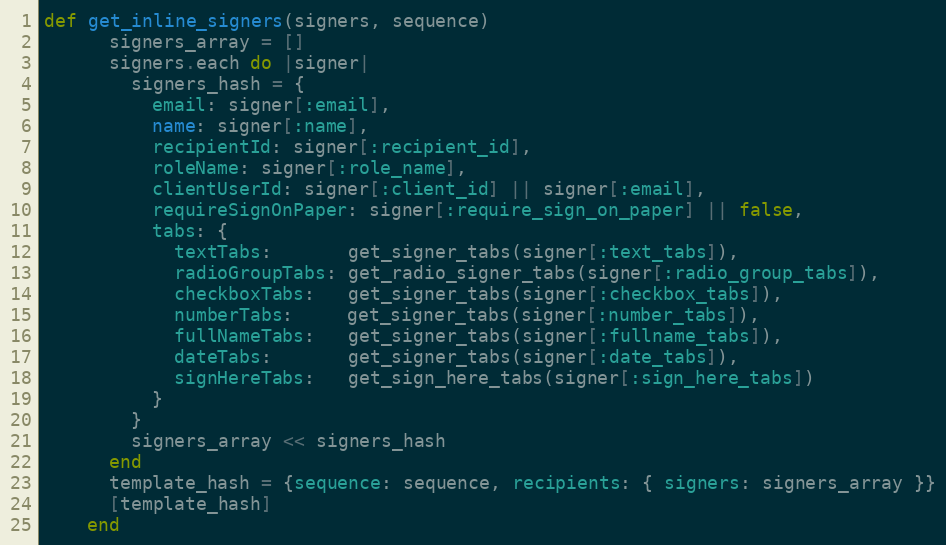
Language: Ruby
def get_inline_signers(signers, sequence)
      signers_array = []
      signers.each do |signer|
        signers_hash = {
          email: signer[:email],
          name: signer[:name],
          recipientId: signer[:recipient_id],
          roleName: signer[:role_name],
          clientUserId: signer[:client_id] || signer[:email],
          requireSignOnPaper: signer[:require_sign_on_paper] || false,
          tabs: {
            textTabs:       get_signer_tabs(signer[:text_tabs]),
            radioGroupTabs: get_radio_signer_tabs(signer[:radio_group_tabs]),
            checkboxTabs:   get_signer_tabs(signer[:checkbox_tabs]),
            numberTabs:     get_signer_tabs(signer[:number_tabs]),
            fullNameTabs:   get_signer_tabs(signer[:fullname_tabs]),
            dateTabs:       get_signer_tabs(signer[:date_tabs]),
            signHereTabs:   get_sign_here_tabs(signer[:sign_here_tabs])
          }
        }
        signers_array << signers_hash
      end
      template_hash = {sequence: sequence, recipients: { signers: signers_array }}
      [template_hash]
    end